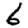
Digit: 6